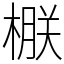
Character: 㮳